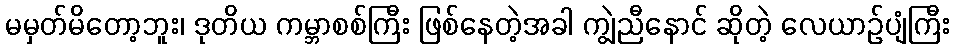
မမှတ်မိတော့ဘူး၊ ဒုတိယ ကမ္ဘာစစ်ကြီး ဖြစ်နေတဲ့အခါ ကျွဲညီနောင် ဆိုတဲ့ လေယာဉ်ပျံကြီး